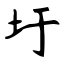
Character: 圩